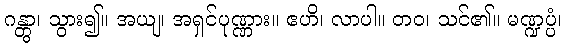
ဂန္တွာ၊ သွား၍။ အယျ၊ အရှင်ပုဏ္ဏား။ ဧဟိ၊ လာပါ။ တဝ၊ သင်၏။ မဏ္ဍပ္ပံ၊